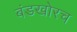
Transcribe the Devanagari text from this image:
बंडखोरच